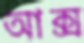
আক্স